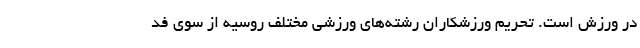
در ورزش است. تحریم ورزشکاران رشته‌های ورزشی مختلف روسیه از سوی فد